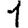
Digit: 1